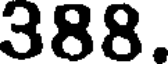
388.